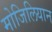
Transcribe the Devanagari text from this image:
मोजिलियान